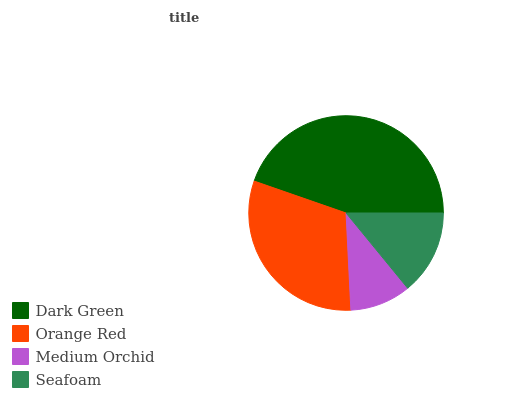
| Dark Green | Orange Red | Medium Orchid | Seafoam |
 | --- | --- | --- | --- |
 | 44.7% | 31% | 10.1% | 14.1% |